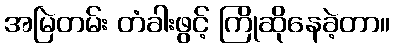
အမြဲတမ်း တံခါးဖွင့် ကြိုဆိုနေခဲ့တာ။